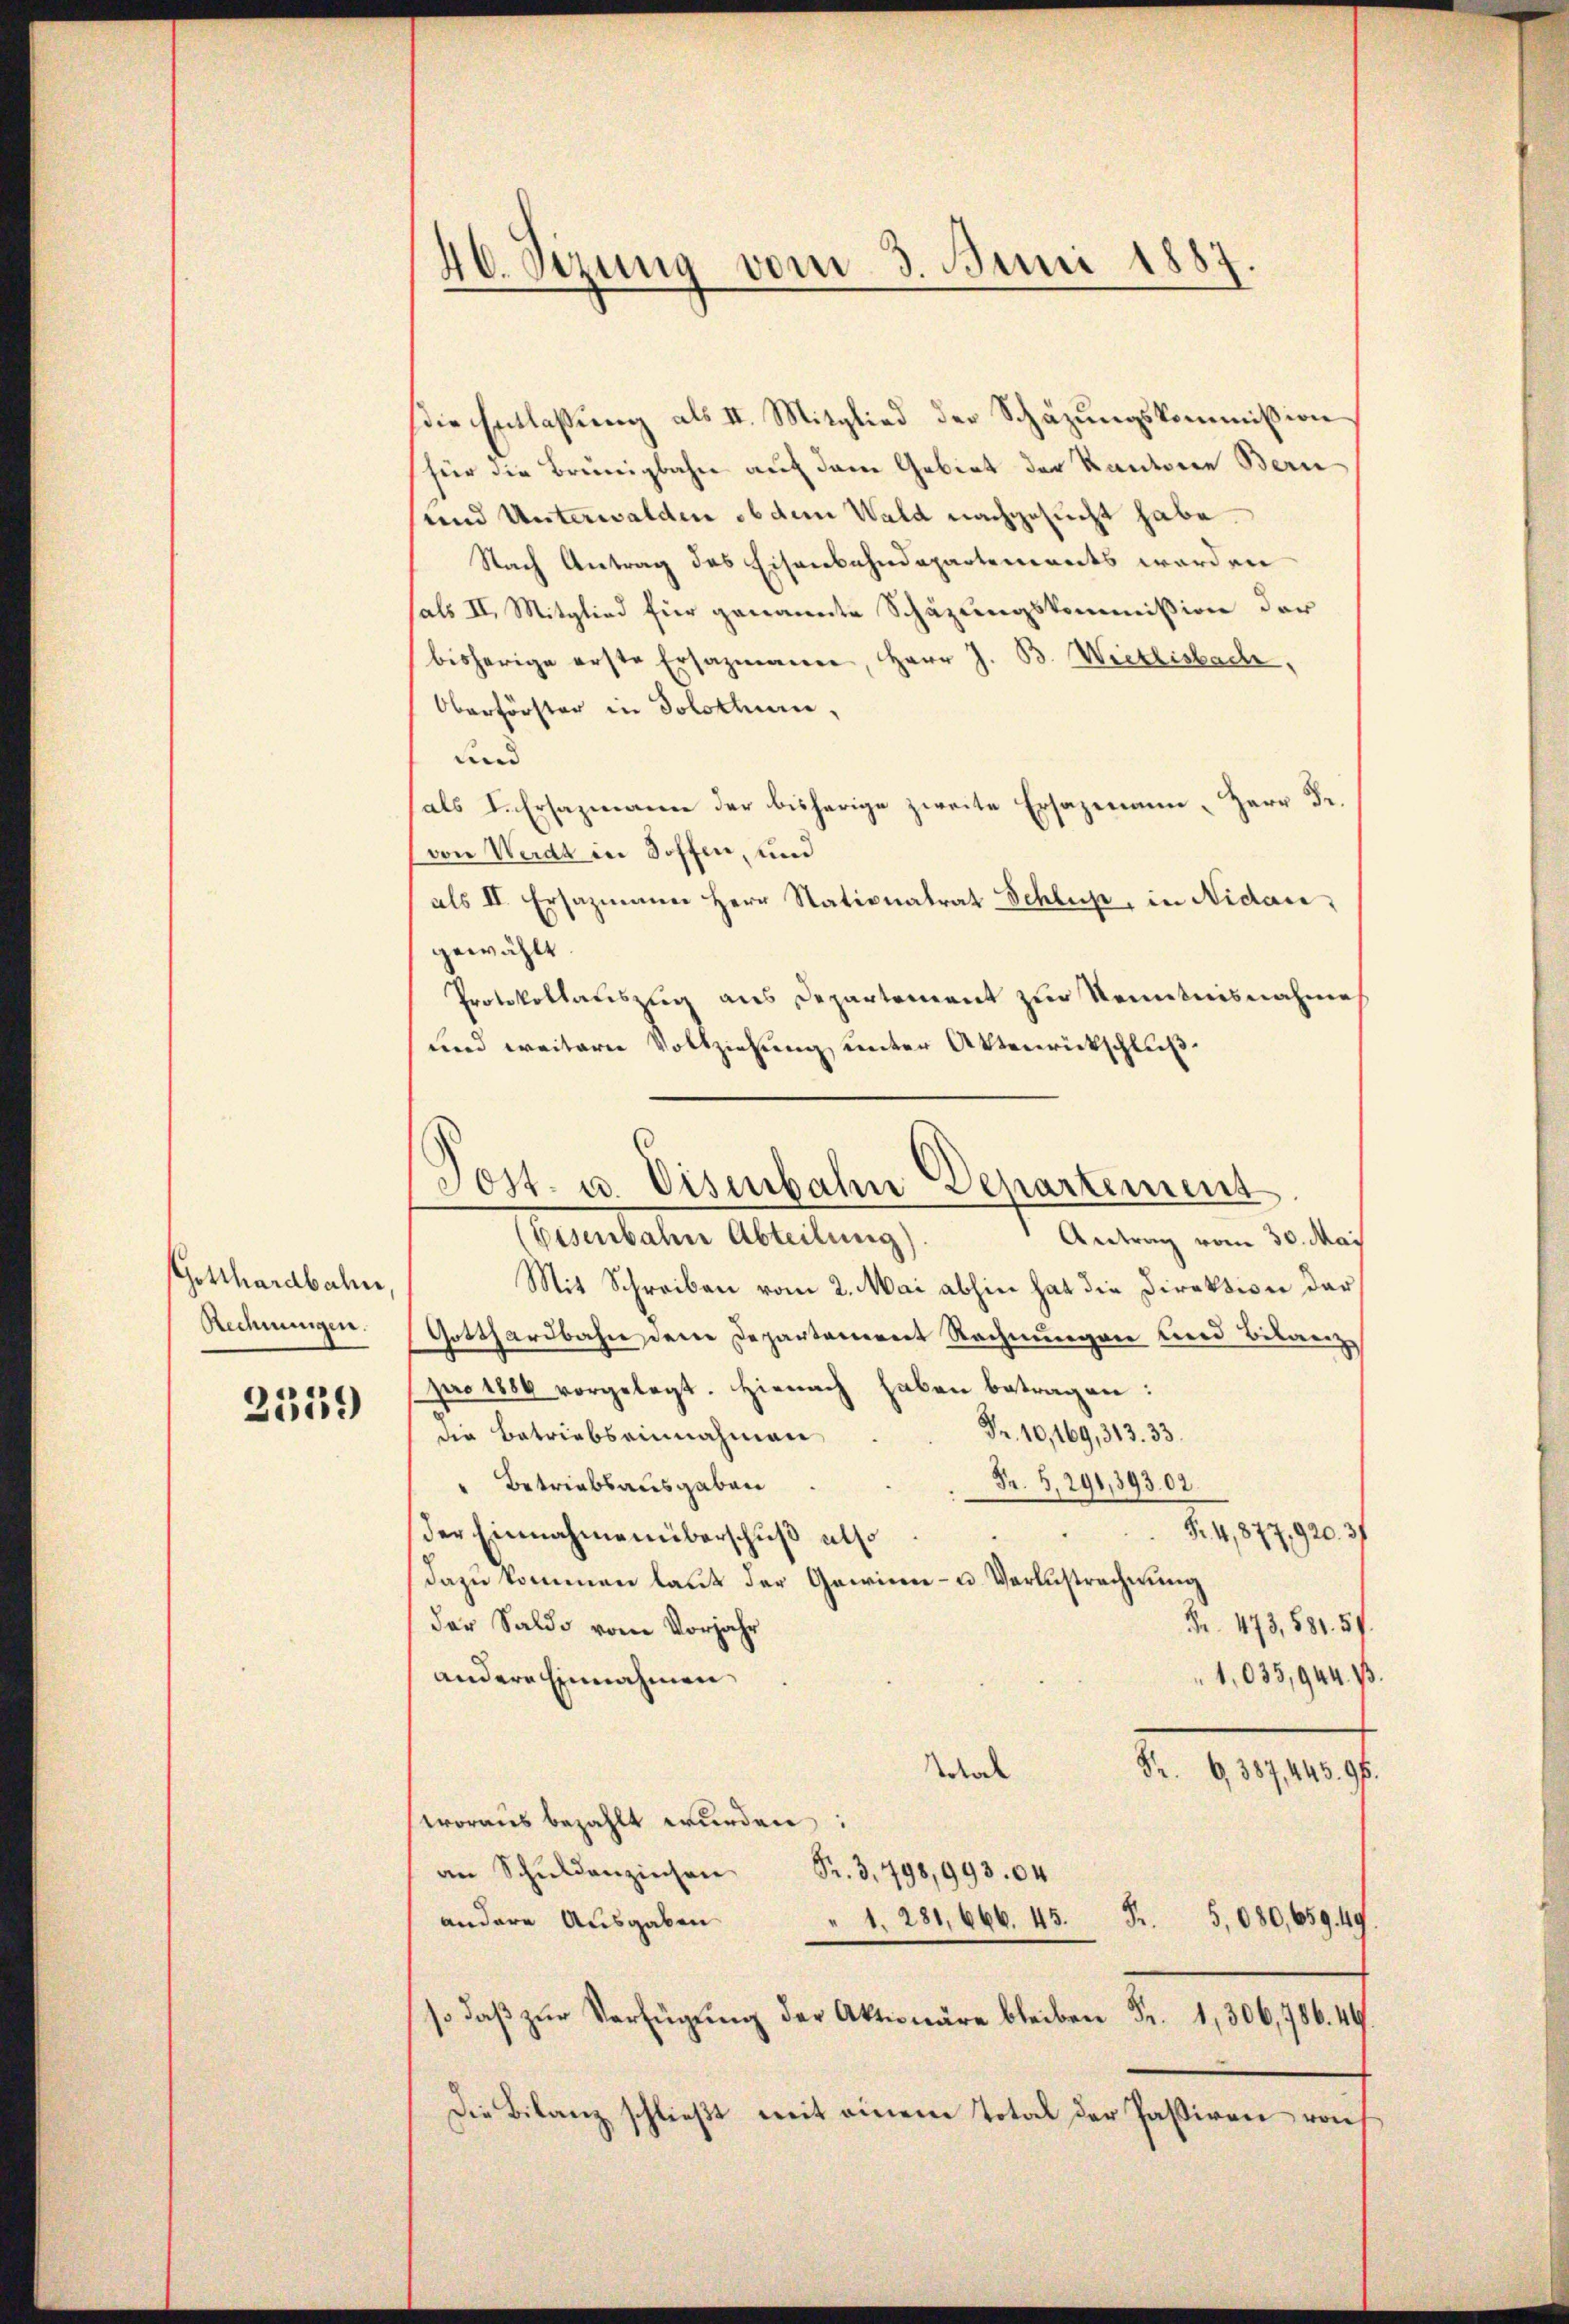
Gotthardbahn,
Rechnungen.

2559

46. Sizung vom 3. Juni 1887.

Die Entlassung als II. Mitglied der Schäzungskommission
für die Brünigbahn auf dem Gebiet der Kantone Bern
und Unterwalden ob dem Wald nachgesucht habe.
Nach Antrag des Eisenbahndepartements werden
als II. Mitglied für genannte Schäzungskommission der
bisherige erste Ersazmann, Herr J. B. Weitlisbach,
Oberförster in Solothurn,
und
als I. Ersazmann der bisherige zweite Ersazmann - Herr Dr.
von Werdt in Soffen, und
als II. Ersazmann Herr Stationatrat Schluß, in Nidare,
gewählt
Protokollatiszug aus Departement zur Kenntnisnahme
und weitern Vollziehung unter Aktenrückschluß.
(Eisenbahn Abteilung).
Antrag vom 30. Mai
Mit Schreiben vom 2. Mai abhin hat die Direktion der¬
Gotthardbahn dere Departement Rechnungen und Bilanz
pro 1886 vorgelegt. Hienach haben betragen:
Fr. 10, 169, 313. 33.
die Betriebseinnahmen
Fr. 5. 291,89302.
Betriebsausgaben
S.4,877,920. 37
der Einnahmenüberschuß also
dazu kommen laut der Gewinn- u. Verlustrechnung
Nr. 473, 581. 57
der Saldo vom Vorjahr
1,035,944. B
andere Einnahmen
Notal
Fr. 6387, 445. 96.
woraus bezahlt wurden:
an Schŭlenzinsen Sr. 3. 798,993.04
F. 5,080,659. 49.
andere Ausgaben
" 1. 281, 666. 45.
so daβ zŭr Verfügung der Aktionäre bleiben Fr. 1, 306,786. 44
Die Bilanz schließt mit einem Total der Passiven von

Post. u. Diserbahn Separtement